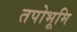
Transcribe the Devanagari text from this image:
तपोभूमि